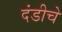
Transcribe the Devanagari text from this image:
दंडीचे